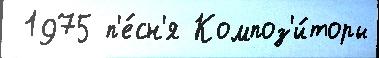
 1975 п'е́сн'я Композ'и́торы